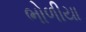
ભોળીયા